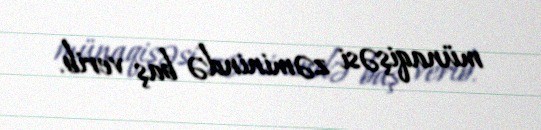
münaqişəsi zəminində baş verib.